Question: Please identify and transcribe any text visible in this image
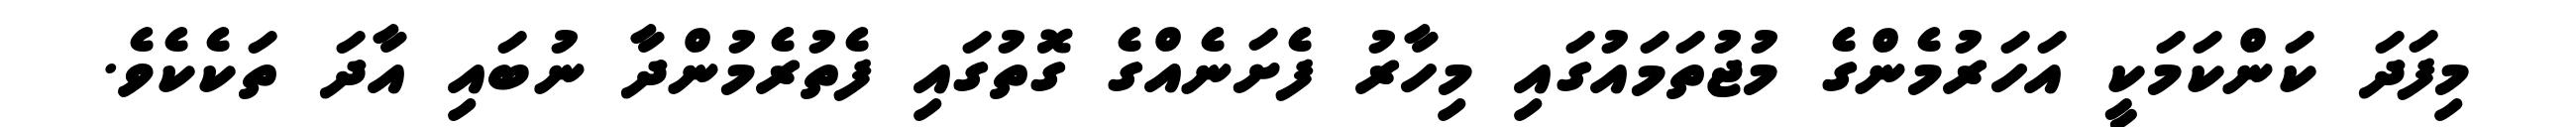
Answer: މިފަދަ ކަންކަމަކީ އަހަރުމެންގެ މުޖުތަމައުގައި މިހާރު ފެށަނެއްގެ ގޮތުގައި ފެތުރެމުންދާ ނުބައި އާދަ ތަކެކެވެ.